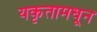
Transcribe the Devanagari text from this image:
यकृतामधून